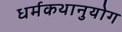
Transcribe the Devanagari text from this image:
धर्मकथानुयोग